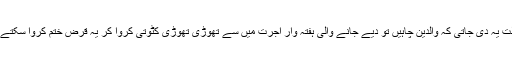
سہولت یہ دی جاتی کہ والدین چاہیں تو دیے جانے والی ہفتہ وار اجرت میں سے تھوڑی تھوڑی کٹوتی کروا کر یہ قرض ختم کروا سکتے ہیں۔